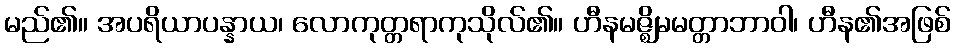
မည်၏။ အပရိယာပန္နာယ၊ လောကုတ္တရာကုသိုလ်၏။ ဟီနမဇ္ဈိမမတ္တာဘာဝါ၊ ဟီန၏အဖြစ်